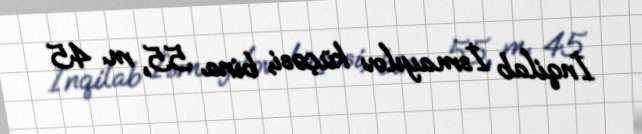
İnqilab İsmayılov küçəsi, bina 55, m. 45